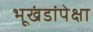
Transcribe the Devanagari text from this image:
भूखंडांपेक्षा